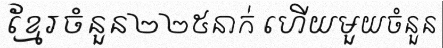
ខ្មែរចំនួន២២៥នាក់ ហើយមួយចំនួន